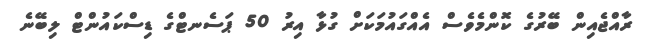
ރާއްޖެއިން ބޭރުގެ ކޮންމެވެސް އެއްގައުމަކަށް ގުޅާ އިރު 50 ޕަސެނޓްގެ ޑިސްކައުންޓް ލިބޭނެ